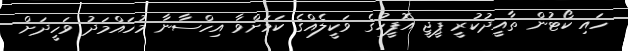
ހައި ކޯޓުން ތާއީދުކުރީ ޕީޖީ އޮފީހުގެ ވަކީލެއްގެ ކަމަށްވާ އިހްސާނާ މުހައްމަދު ވަހީދަށް